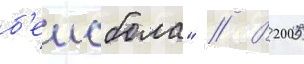
б'еисбола" // В 2005